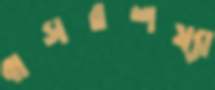
বাসরশয্যা